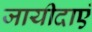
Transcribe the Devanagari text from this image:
जायीदाएं